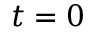
t = 0